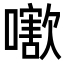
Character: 𡁍